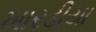
ખારડીયા